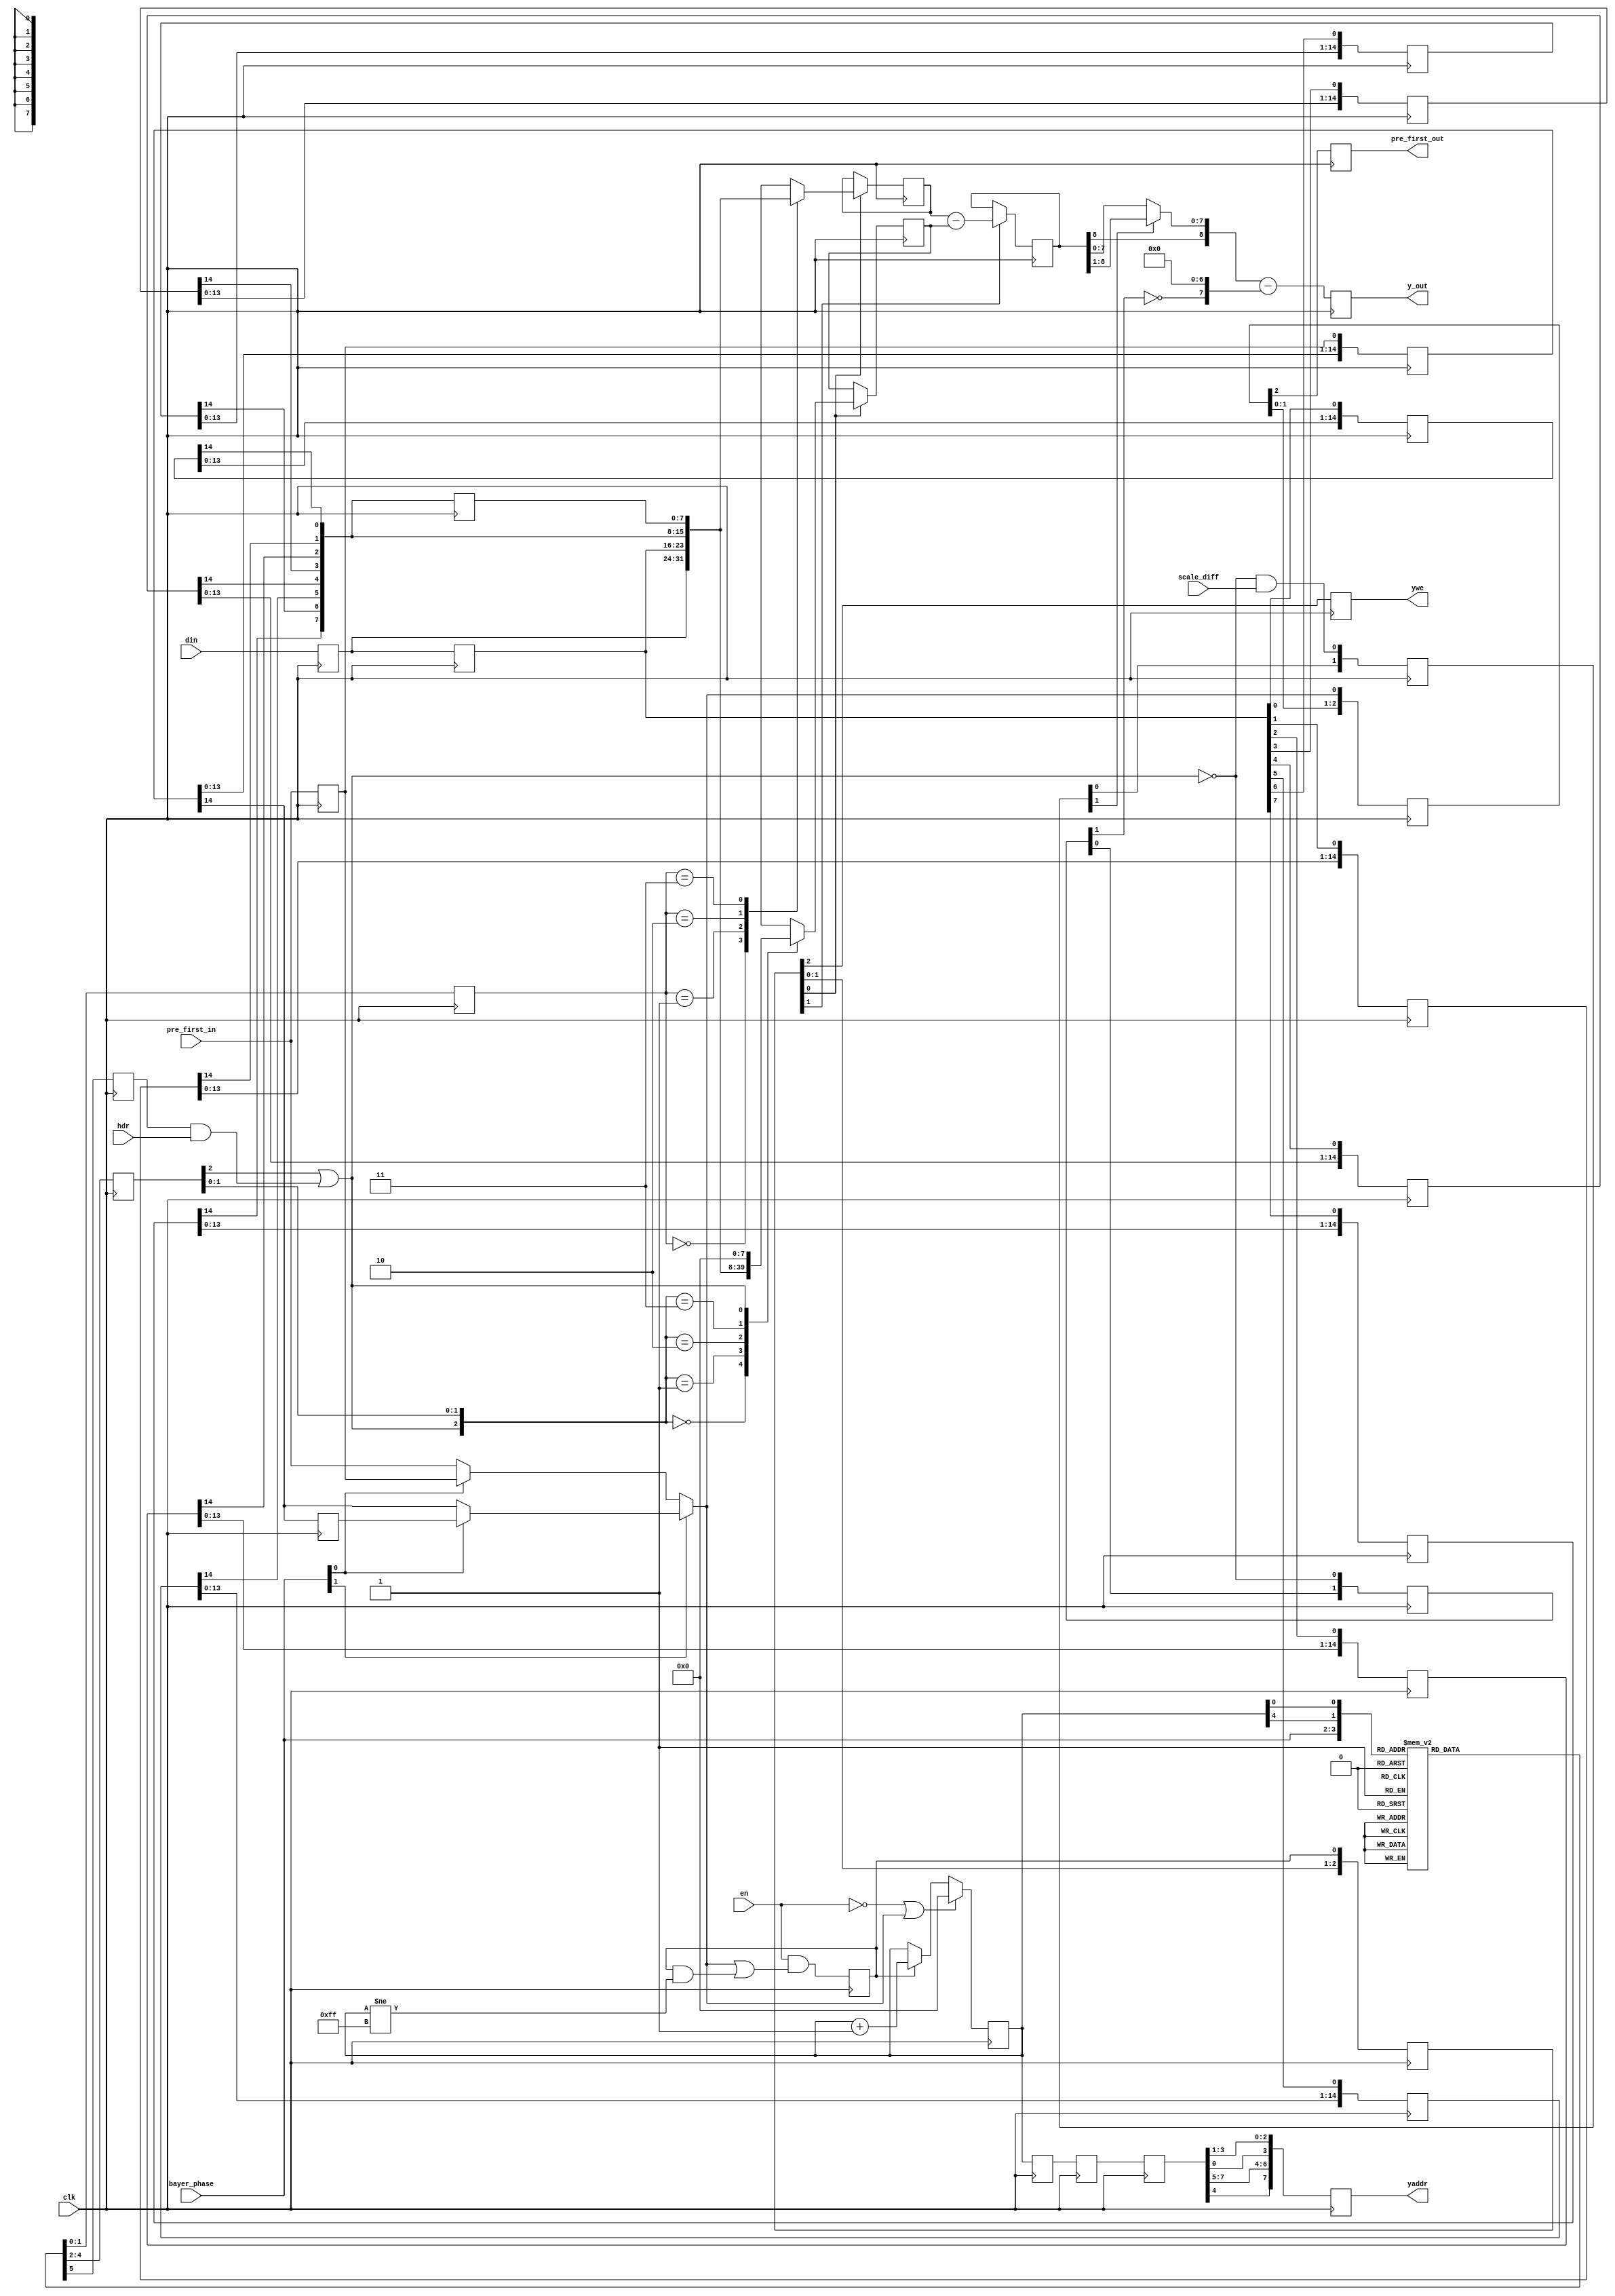
// This program was cloned from: https://github.com/Elphel/x393
// License: GNU General Public License v3.0

/*!
 * <b>Module:</b>csconvert_jp4diff
 * @file csconvert_jp4diff.v
 * @date 2015-06-10  
 * @author Andrey Filippov     
 *
 * @brief Color conversion for JP4 differential
 *
 * @copyright Copyright (c) 2015 Elphel, Inc.
 *
 * <b>License:</b>
 *
 * csconvert_jp4diff.v is free software; you can redistribute it and/or modify
 * it under the terms of the GNU General Public License as published by
 * the Free Software Foundation, either version 3 of the License, or
 * (at your option) any later version.
 *
 *  csconvert_jp4diff.v is distributed in the hope that it will be useful,
 * but WITHOUT ANY WARRANTY; without even the implied warranty of
 * MERCHANTABILITY or FITNESS FOR A PARTICULAR PURPOSE.  See the
 * GNU General Public License for more details.
 *
 * You should have received a copy of the GNU General Public License
 * along with this program.  If not, see <http://www.gnu.org/licenses/> .
 *
 * Additional permission under GNU GPL version 3 section 7:
 * If you modify this Program, or any covered work, by linking or combining it
 * with independent modules provided by the FPGA vendor only (this permission
 * does not extend to any 3-rd party modules, "soft cores" or macros) under
 * different license terms solely for the purpose of generating binary "bitstream"
 * files and/or simulating the code, the copyright holders of this Program give
 * you the right to distribute the covered work without those independent modules
 * as long as the source code for them is available from the FPGA vendor free of
 * charge, and there is no dependence on any encrypted modules for simulating of
 * the combined code. This permission applies to you if the distributed code
 * contains all the components and scripts required to completely simulate it
 * with at least one of the Free Software programs.
 */
`timescale 1ns/1ps

module csconvert_jp4diff  (en,
                           clk,
                           scale_diff,     // divide differences by 2 (to fit in 8-bit range)
                           hdr,            // second green absolute, not difference
                           din,
                           pre_first_in,
                           y_out,
                           yaddr,
                           ywe,
                           pre_first_out,
                           bayer_phase);
// Was s ynthesis attribute shreg_extract of csconvert_jp4diff is yes;

    input        en;
    input        clk;         // clock
    input        scale_diff;
    input        hdr;
    input  [7:0] din; // input data in scanline sequence
    input        pre_first_in;      // marks the first input pixel
    output [8:0] y_out;  // output Y (16x16) in scanline sequence. Valid if ys active
    output [7:0] yaddr; // address for the external buffer memory to write 16x16x8bit Y data
    output       ywe;    // wrire enable of Y data
    output       pre_first_out;
    input  [1:0] bayer_phase; // selected pixel will be absolute, others - difference

    reg          pre_first_out;
    reg    [2:0] pre2_first_out;
    reg    [8:0] y_out;
    reg    [8:0] pre_y_out;
    reg    [7:0] yaddr_cntr;
    reg    [7:0] pre_yaddr_cntr;
    reg    [7:0] pre2_yaddr_cntr;
    reg          ywe;
    reg    [2:0] pre_ywe;
    reg    [7:0] yaddr;
    reg          dly_1;
    reg   [14:0] dly_16;
    reg          dly_17;
//    wire         start_out=bayer_phase[1]?(bayer_phase[0]?dly_17:dly_16):(bayer_phase[0]?dly_1:pre_first_in);
    wire         start_out=bayer_phase[1]?(bayer_phase[0]?dly_17:dly_16[14]):(bayer_phase[0]?dly_1:pre_first_in);
    reg    [7:0] iadr;
    reg          iadr_run;
    reg    [1:0] mux_plus_sel;
    reg    [2:0] mux_minus_sel;
    reg          hdr_bit;
    reg    [1:0] scale_color;
    reg    [1:0] is_color;
 
    reg    [7:0] mux_plus;
    reg    [7:0] mux_minus;
    reg    [7:0] dd0;
    reg    [7:0] dd1;
    wire   [7:0] dd16;
    reg    [7:0] dd17;
    reg   [14:0] ddsr0,ddsr1,ddsr2,ddsr3,ddsr4,ddsr5,ddsr6,ddsr7; 
    wire   [8:0] scaled_pre_y_out= (scale_color[1])? +{pre_y_out[8],pre_y_out[8:1]}: pre_y_out[8:0];
    assign dd16[7:0]={ddsr7[14],ddsr6[14],ddsr5[14],ddsr4[14],ddsr3[14],ddsr2[14],ddsr1[14],ddsr0[14]};
    always @ (posedge clk) begin
      dly_1  <= pre_first_in;
      dly_17 <= dly_16[14];
      dly_16[14:0] <= {dly_16[13:0],dly_1};

      pre2_first_out[2:0]<= {pre2_first_out[1:0], start_out};
      pre_first_out<= pre2_first_out[2];

      iadr_run <= en & (start_out || (iadr_run && (iadr[7:0]!=8'hff)));
      pre_ywe[2:0] <= {pre_ywe[1:0],iadr_run};
      ywe <= pre_ywe[2];

      if      (!en || start_out)  iadr[7:0] <= 8'h0;
      else if (iadr_run)          iadr[7:0] <= iadr[7:0] + 1;
      pre2_yaddr_cntr[7:0] <= iadr[7:0];
      pre_yaddr_cntr [7:0] <= pre2_yaddr_cntr[7:0];
      yaddr_cntr[7:0]           <= pre_yaddr_cntr[7:0];
      yaddr[7:0] <= {yaddr_cntr[4],yaddr_cntr[7:5],yaddr_cntr[0],yaddr_cntr[3:1]};


      case ({bayer_phase[1:0],iadr[4],iadr[0]} )
       4'b0000: begin mux_plus_sel <= 2'h0; mux_minus_sel <= 3'h4; hdr_bit <=1'h0; end
       4'b0001: begin mux_plus_sel <= 2'h0; mux_minus_sel <= 3'h1; hdr_bit <=1'h0; end
       4'b0010: begin mux_plus_sel <= 2'h0; mux_minus_sel <= 3'h2; hdr_bit <=1'h0; end
       4'b0011: begin mux_plus_sel <= 2'h0; mux_minus_sel <= 3'h3; hdr_bit <=1'h1; end
       4'b0100: begin mux_plus_sel <= 2'h1; mux_minus_sel <= 3'h0; hdr_bit <=1'h0; end
       4'b0101: begin mux_plus_sel <= 2'h1; mux_minus_sel <= 3'h4; hdr_bit <=1'h0; end
       4'b0110: begin mux_plus_sel <= 2'h1; mux_minus_sel <= 3'h2; hdr_bit <=1'h1; end
       4'b0111: begin mux_plus_sel <= 2'h1; mux_minus_sel <= 3'h3; hdr_bit <=1'h0; end
       4'b1000: begin mux_plus_sel <= 2'h2; mux_minus_sel <= 3'h0; hdr_bit <=1'h0; end
       4'b1001: begin mux_plus_sel <= 2'h2; mux_minus_sel <= 3'h1; hdr_bit <=1'h1; end
       4'b1010: begin mux_plus_sel <= 2'h2; mux_minus_sel <= 3'h4; hdr_bit <=1'h0; end
       4'b1011: begin mux_plus_sel <= 2'h2; mux_minus_sel <= 3'h3; hdr_bit <=1'h0; end
       4'b1100: begin mux_plus_sel <= 2'h3; mux_minus_sel <= 3'h0; hdr_bit <=1'h1; end
       4'b1101: begin mux_plus_sel <= 2'h3; mux_minus_sel <= 3'h1; hdr_bit <=1'h0; end
       4'b1110: begin mux_plus_sel <= 2'h3; mux_minus_sel <= 3'h2; hdr_bit <=1'h0; end
       4'b1111: begin mux_plus_sel <= 2'h3; mux_minus_sel <= 3'h4; hdr_bit <=1'h0; end
      endcase

      if (pre_ywe[0]) case (mux_plus_sel[1:0]) 
       2'h0:   mux_plus[7:0] <= dd0 [7:0];
       2'h1:   mux_plus[7:0] <= dd1 [7:0];
       2'h2:   mux_plus[7:0] <= dd16[7:0];
       2'h3:   mux_plus[7:0] <= dd17[7:0];
      endcase
      if (pre_ywe[0]) casex ({mux_minus_sel[2] | (hdr_bit & hdr), mux_minus_sel[1:0]}) 
       3'h0:   mux_minus[7:0] <= dd0 [7:0];
       3'h1:   mux_minus[7:0] <= dd1 [7:0];
       3'h2:   mux_minus[7:0] <= dd16[7:0];
       3'h3:   mux_minus[7:0] <= dd17[7:0];
       3'b1xx: mux_minus[7:0] <= 8'h0;
      endcase

      is_color[1:0] <= {is_color[0], ~(mux_minus_sel[2] | (hdr_bit & hdr))}; // 1 for color components (diffs) ([0] valid at pre_ywe[1])
      scale_color[1:0] <= {scale_color[0], ~(mux_minus_sel[2] | (hdr_bit & hdr)) & scale_diff}; // 1 for color components (diffs) ([0] valid at pre_ywe[1])
      if (pre_ywe[1]) pre_y_out[8:0] <= {1'b0,mux_plus[7:0]} - {1'b0,mux_minus[7:0]};
      y_out[8:0] <=  scaled_pre_y_out[8:0] - {1'h0, ~is_color[1],7'h0}; // subtract 0x80 from Y components (make them -128+127)
      dd0[7:0] <= din [7:0];
      dd1[7:0] <= dd0 [7:0];
      ddsr0[14:0] <= {ddsr0[13:0],dd1[0]};
      ddsr1[14:0] <= {ddsr1[13:0],dd1[1]};
      ddsr2[14:0] <= {ddsr2[13:0],dd1[2]};
      ddsr3[14:0] <= {ddsr3[13:0],dd1[3]};
      ddsr4[14:0] <= {ddsr4[13:0],dd1[4]};
      ddsr5[14:0] <= {ddsr5[13:0],dd1[5]};
      ddsr6[14:0] <= {ddsr6[13:0],dd1[6]};
      ddsr7[14:0] <= {ddsr7[13:0],dd1[7]};
      dd17[7:0] <= dd16 [7:0];
    end
endmodule